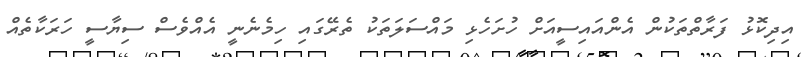
އިދިކޮޅު ފަރާތްތަކުން އެންއައިސީއަށް ހުށަހެޅި މައްސަލަތަކު ތެރޭގައި ހިމެނެނީ އެއްވެސް ސިޔާސީ ހަރަކާތެއް